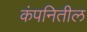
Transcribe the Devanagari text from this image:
कंपनितील